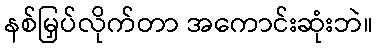
နစ်မြှပ်လိုက်တာ အကောင်းဆုံးဘဲ။